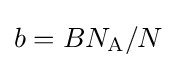
b=BN_{\text{A}}/N